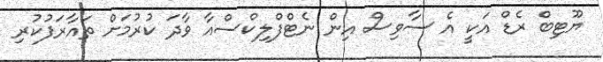
ޔޫޓިބް ރެޑް އަކީ އެ ސާވިސް އިން ނެޓްފްލިކްސްއާ ވާދަ ކުރުމަށް ތައާރަފުކުރި